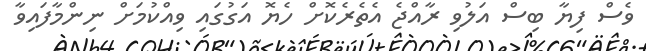
ވެސް ފިޔާ ބިސް އަލުވި ރާއްޖެ އެތެރެކޮށް ހެޔޮ އަގުގައި ވިއްކުމަށް ނިންމާފައިވާ